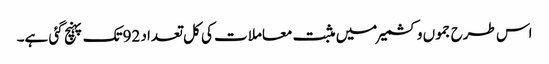
اس طرح جموں وکشمیر میں مثبت معاملات کی کل تعداد 92تک پہنچ گئی ہے۔